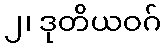
၂၊ ဒုတိယဝဂ်